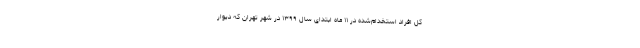
کل افراد استخدام‌شده در ۱۱ ماه ابتدای سال ۱۳۹۹ در شهر تهران که دیوار